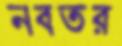
নবতর